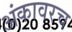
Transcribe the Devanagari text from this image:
अंकावरच